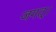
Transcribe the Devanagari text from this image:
जगत्।